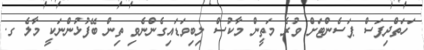
ަހަތްދިފަސް ޕަސެންޓަށް ވުރެ މަތީން މާކުސް ލިބިވަޑައިގެންނެވި ތިން ބޭފުޅުންނަކީ މާލެ ގ.